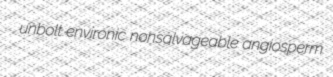
unbolt environic nonsalvageable angiosperm